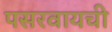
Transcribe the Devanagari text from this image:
पसरवायची